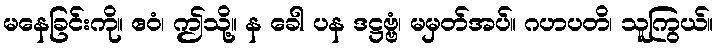
မနေခြင်းကို။ ဧဝံ၊ ဤသို့။ န ခေါ ပန ဒဋ္ဌဗ္ဗံ၊ မမှတ်အပ်။ ဂဟပတိ၊ သူကြွယ်။